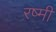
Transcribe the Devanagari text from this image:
रष्मी